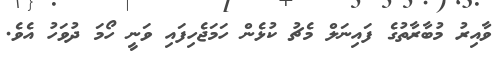
ވާއިރު މުބާރާތުގެ ފައިނަލް މެޗު ކުޅެން ހަމަޖެހިފައި ވަނީ ހޯމަ ދުވަހު އެވެ.